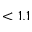
< 1 . 1